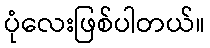
ပုံလေးဖြစ်ပါတယ်။